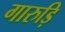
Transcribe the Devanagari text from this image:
गारुड़ि